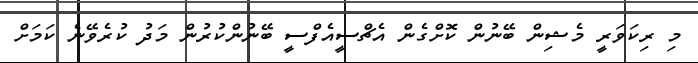
މި ރިކަވަރީ މެޝިން ބޭނުން ކޮށްގެން އެޗްސީއެފްސީ ބޭނުންކުރުން މަދު ކުރެވޭނެ ކަމަށް